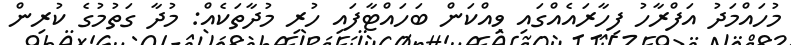
މުހައްމަދު އަފްރާހު ފިހާރައެއްގައި ވިއްކަން ބަހައްޓާފައި ހުރި މުދާތަކެއް: މުދާ ގަތުމުގެ ކުރިން